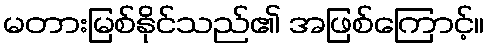
မတားမြစ်နိုင်သည်၏ အဖြစ်ကြောင့်။